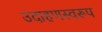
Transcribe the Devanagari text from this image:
उदाहणस्वरूप